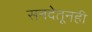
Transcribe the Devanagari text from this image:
सनदेतूनही